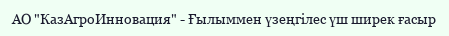
АО "КазАгроИнновация" - Ғылыммен үзеңгілес үш ширек ғасыр